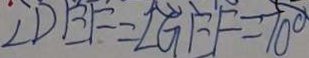
\angle D E F = \angle G E F = 1 0 ^ { \circ }